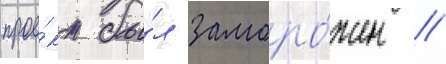
прое́кт бы́л заморо́жен //